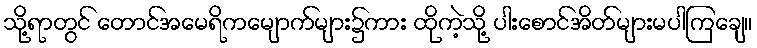
သို့ရာတွင် တောင်အမေရိကမျောက်များ၌ကား ထိုကဲ့သို့ ပါးစောင်အိတ်များမပါကြချေ။